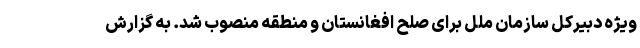
ویژه دبیرکل سازمان ملل برای صلح افغانستان و منطقه منصوب شد. به گزارش